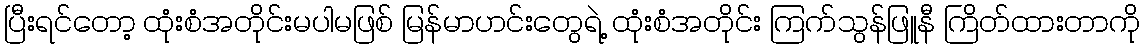
ပြီးရင်တော့ ထုံးစံအတိုင်းမပါမဖြစ် မြန်မာဟင်းတွေရဲ့ ထုံးစံအတိုင်း ကြက်သွန်ဖြူနီ ကြိတ်ထားတာကို